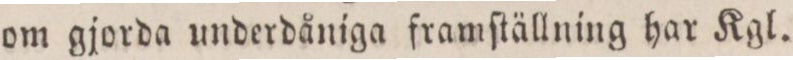
om gjorda underdåniga framſtällning har Kgl.